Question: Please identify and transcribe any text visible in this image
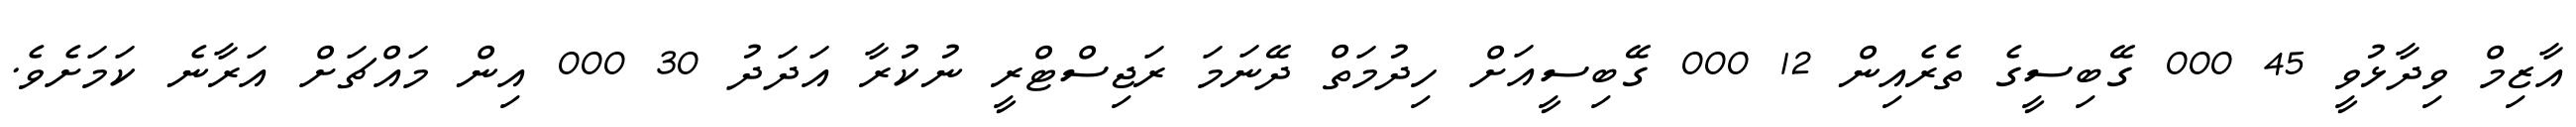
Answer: އާޒިމް ވިދާޅުވީ 45 000 ގޭބިސީގެ ތެރެއިން 12 000 ގޭބިސީއަށް ހިދުމަތް ދޭނަމަ ރަޖިސްޓްރީ ނުކުރާ އަދަދު 30 000 އިން މައްޗަށް އަރާނެ ކަމަށެވެ.